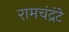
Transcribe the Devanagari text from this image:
रामचंद्रंटे